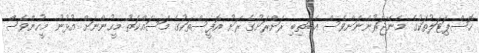
ހޮސްޕިަޓަލުތަކުގެ މެނޭޖަރުންނަށްވެސް އެބަތިބި ރަށްރަށުގެ ރަށު އޮފީސްތަކުގެ މަސައްކަތު މީހުންނަށް އުޅުނު މީހުންވެސް